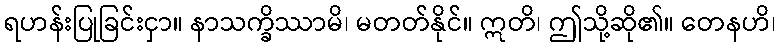
ရဟန်းပြုခြင်းငှာ။ နာသက္ခိဿာမိ၊ မတတ်နိုင်။ ဣတိ၊ ဤသို့ဆို၏။ တေနဟိ၊